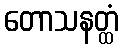
တောသနတ္ထံ